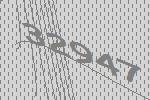
32947